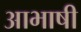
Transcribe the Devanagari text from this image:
आभाषी